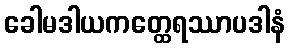
ခေါမဒါယကတ္ထေရဿာပဒါနံ